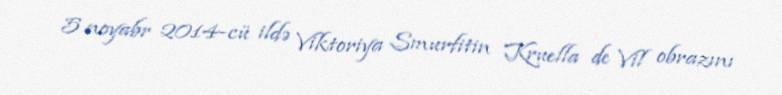
5 noyabr 2014-cü ildə Viktoriya Smurfitin Kruella de Vil obrazını